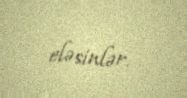
eləsinlər.